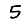
Digit: 5